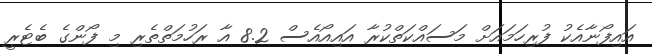
އައިފޯނާއެކު ފުރިހަމައަށް މަސައްކަތްކުރާ އައިއޯއެސް 8.2 އާ ރަހުމަތްތެރި މި ފޯންގެ ބެޓެރީ